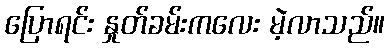
ပြောရင်း နှုတ်ခမ်းကလေး မဲ့လာသည်။